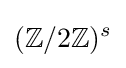
(\mathbb {Z} /2\mathbb {Z} )^{s}